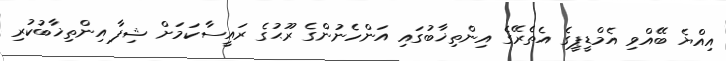
އިއްޔެ ބޭއްވި އެމްޑީޕީގެ އެތެރޭގެ އިންތިޚާބުގައި އަންހެނުންގެ ރޫޙުގެ ރައީސާކަމަށް ޝިފާ އިންތިޚާބުކުރި